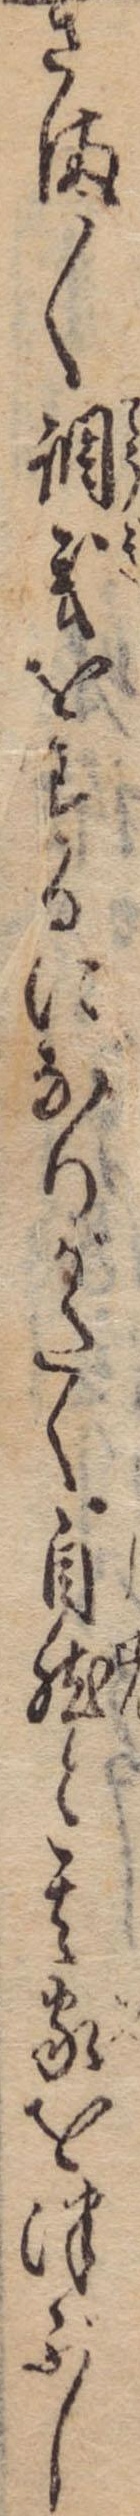
さま〱調義をするになりがたく自然と其家をつぶし